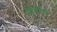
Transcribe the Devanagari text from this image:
सिमैंटेक